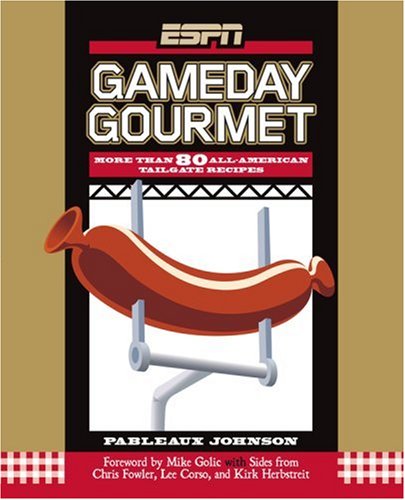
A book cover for ESPN Gameday Gourmet: More Than 80 All-American Tailgate Recipes; Pableaux Johnson; Cookbooks, Food & Wine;